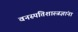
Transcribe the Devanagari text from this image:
वनस्पतिशास्त्रज्ञांना